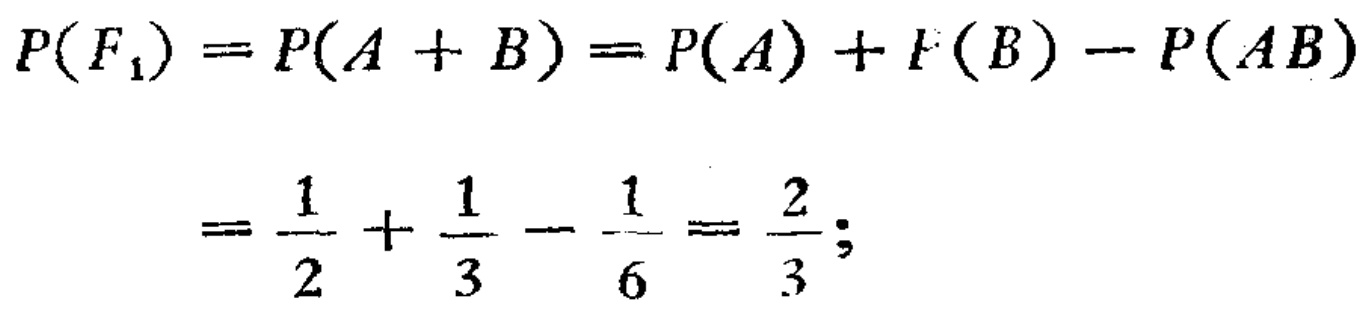
\[

\begin{align*}

P(F_1)&=P(A + B)=P(A)+P(B)-P(AB)\\

&=\frac{1}{2}+\frac{1}{3}-\frac{1}{6}=\frac{2}{3};

\end{align*}

\]